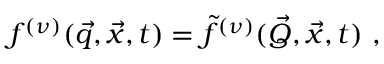
f ^ { ( \nu ) } ( \vec { q } , \vec { x } , t ) = \tilde { f } ^ { ( \nu ) } ( \vec { Q } , \vec { x } , t ) ~ ,